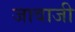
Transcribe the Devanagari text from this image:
जावाजी